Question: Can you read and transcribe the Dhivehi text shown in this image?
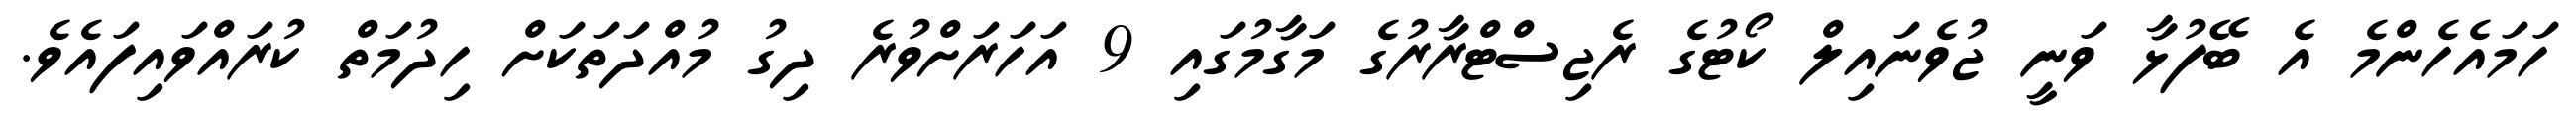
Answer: ހަމައެހެންމެ އެ ބޭފުޅާ ވަނީ ޖުވެނައިލް ކޯޓުގެ ރެޖިސްޓްރާރުގެ މަގާމުގައި 9 އަހަރަށްވުރެ ދިގު މުއްދަތަކަށް ހިދުމަތް ކުރައްވައިފައެވެ.